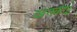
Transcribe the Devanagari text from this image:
खनकाई